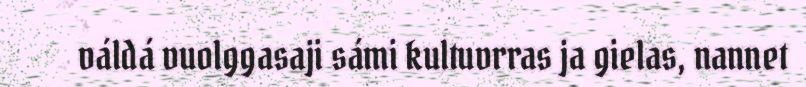
váldá vuolggasaji sámi kultuvrras ja gielas, nannet